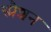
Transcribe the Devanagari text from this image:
स्प्रैशन